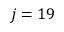
j = 1 9